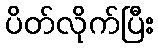
ပိတ်လိုက်ပြီး